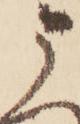
う